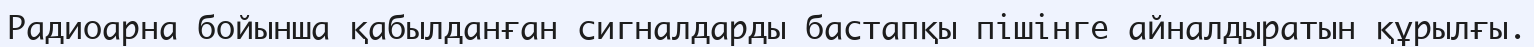
Радиоарна бойынша қабылданған сигналдарды бастапқы пішінге айналдыратын құрылғы.